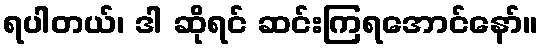
ရပါတယ်၊ ဒါ ဆိုရင် ဆင်းကြရအောင်နော်။